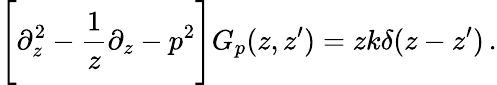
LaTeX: \Bigg[\partial_{z}^{2}-\frac{1}{z}\partial_{z}-p^{2}\Bigg]G_{p}(z,z^{\prime})=zk\delta(z-z^{\prime})\, .